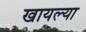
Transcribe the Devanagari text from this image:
खायल्या